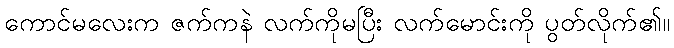
ကောင်မလေးက ဇက်ကနဲ လက်ကိုမပြီး လက်မောင်းကို ပွတ်လိုက်၏။